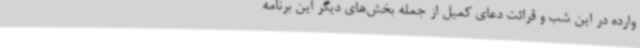
وارده در این شب و قرائت دعای کمیل از جمله بخش‌های دیگر این برنامه